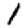
Digit: 1